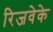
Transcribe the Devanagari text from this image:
रिजवेके